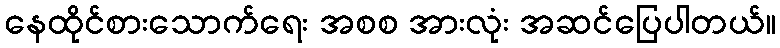
နေထိုင်စားသောက်ရေး အစစ အားလုံး အဆင်ပြေပါတယ်။